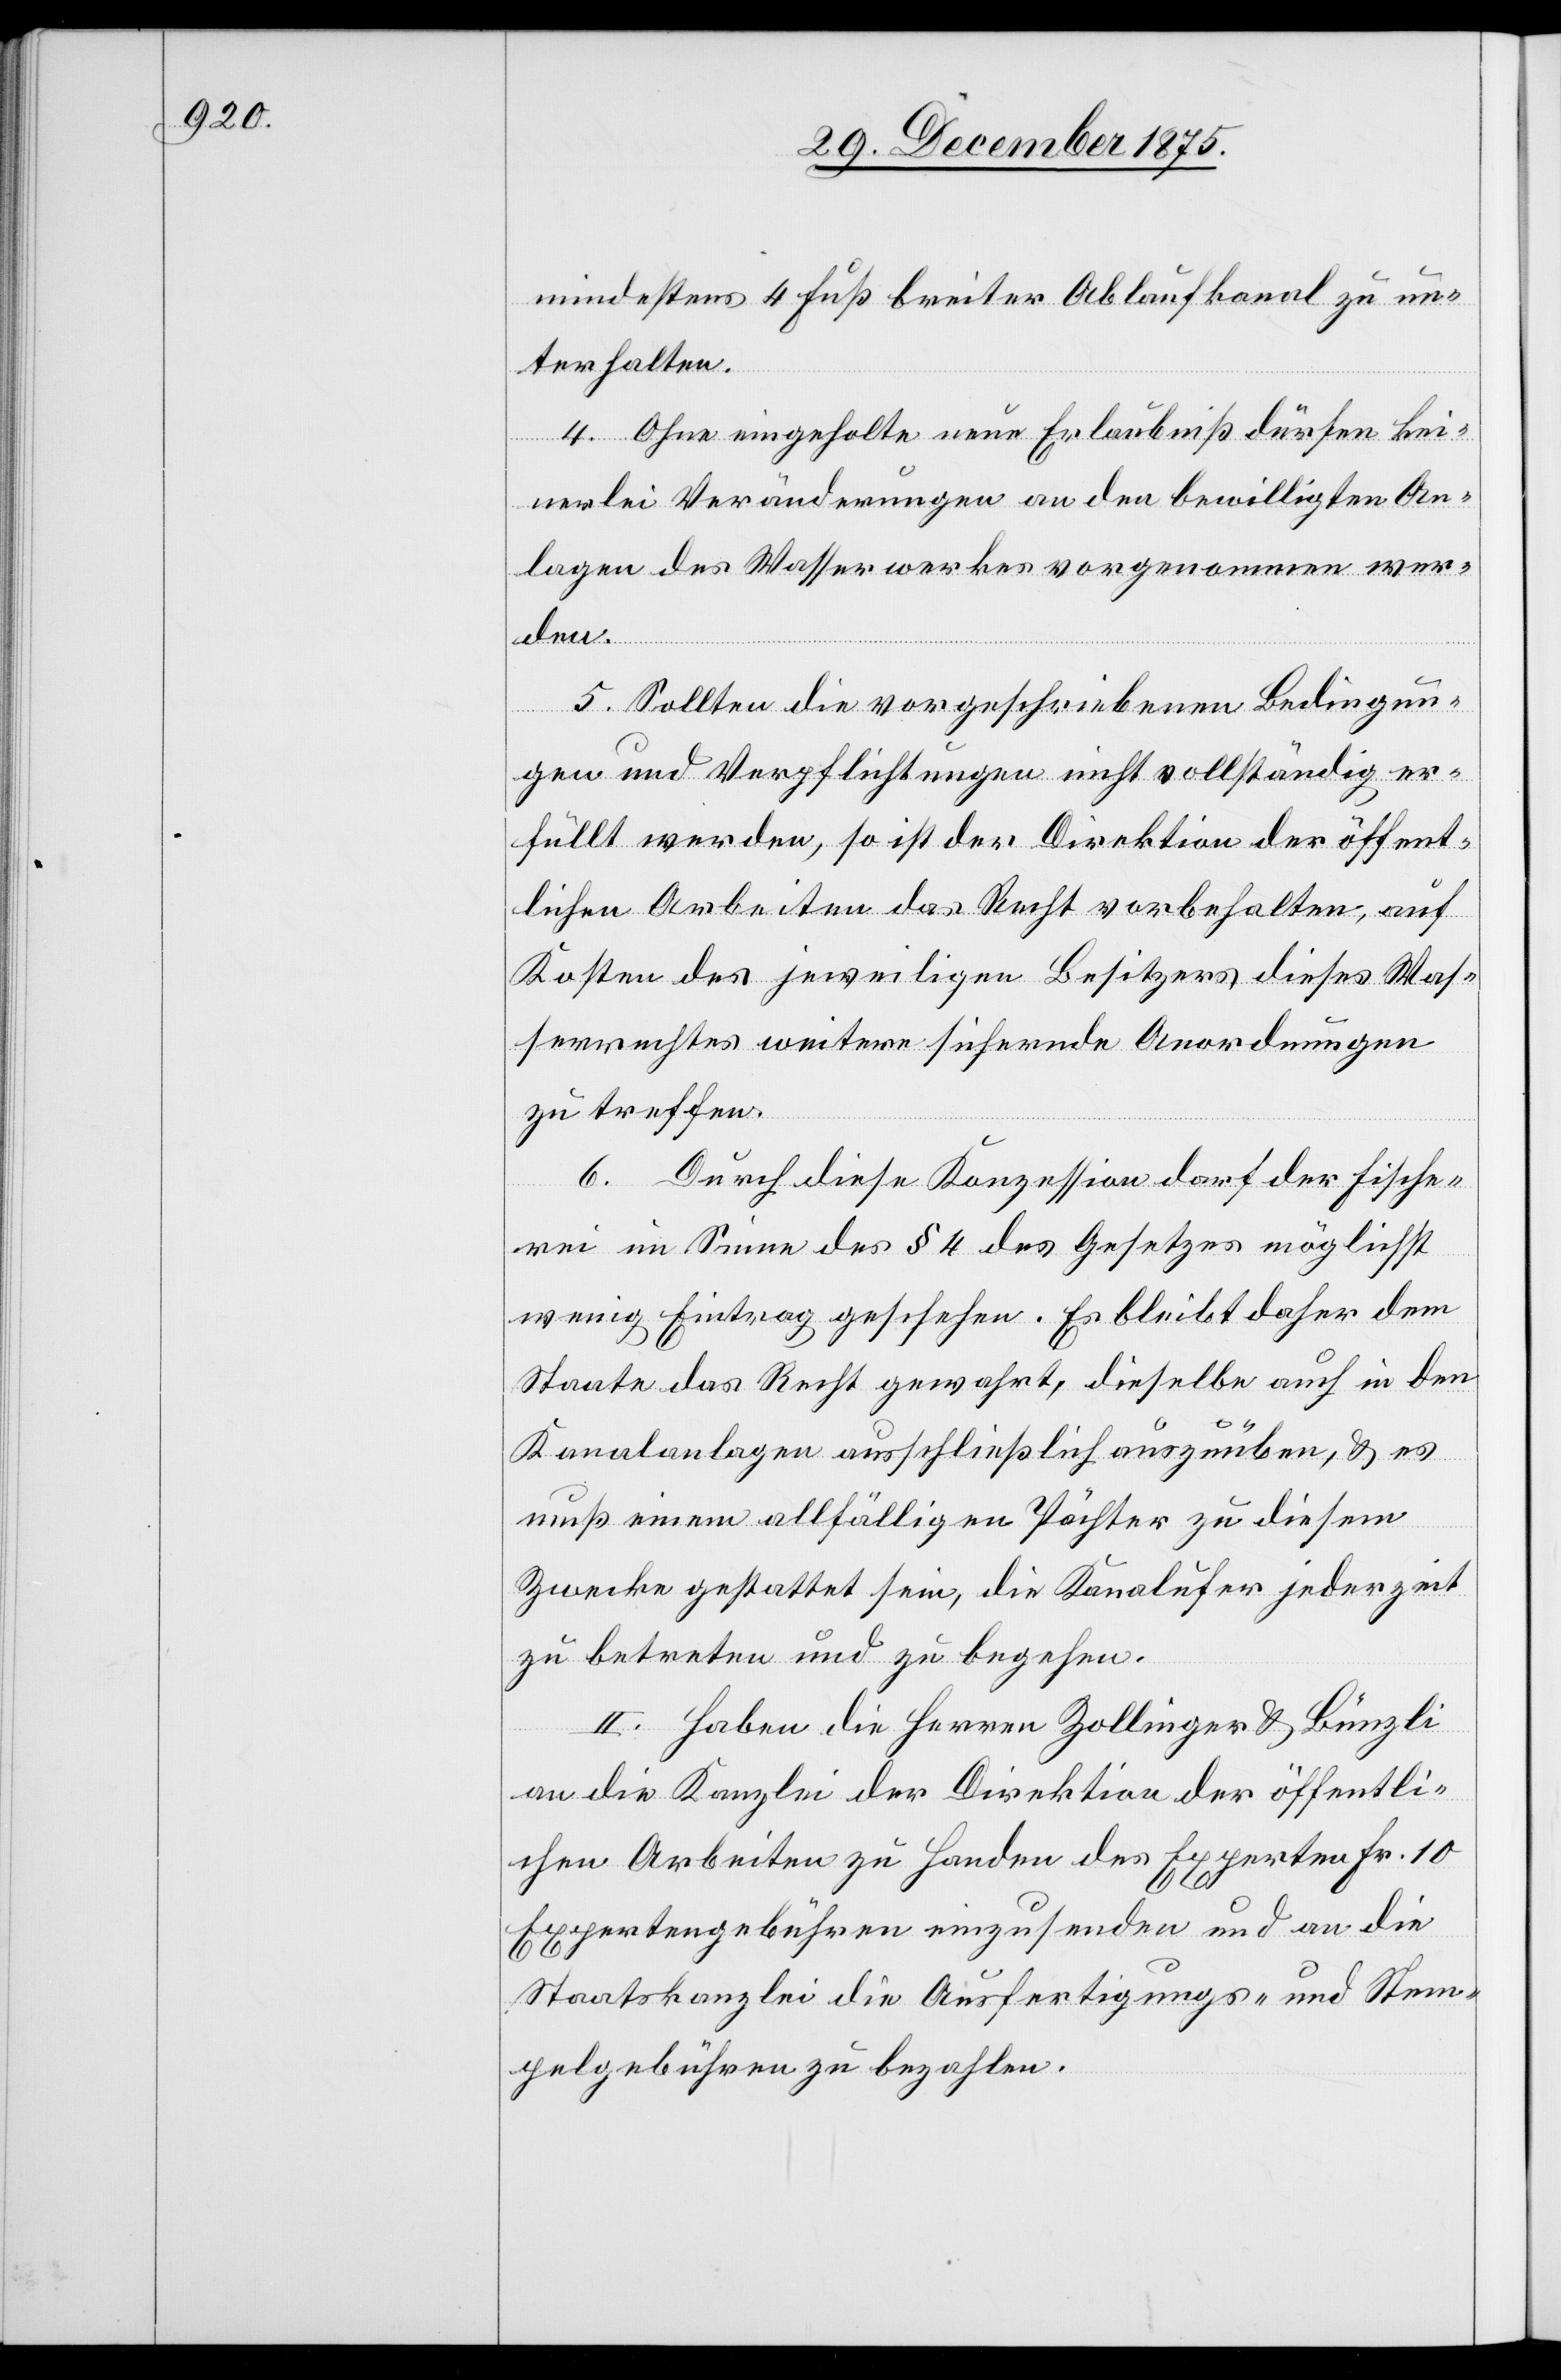
mindestens 4 Fuß breiter Ablaufkanal zu un¬
terhalten.
4. Ohne eingeholte neue Erlaubniß dürfen kei¬
nerlei Veränderungen an den bewilligten An¬
lagen des Wasserwerkes vorgenommen wer¬
den.
5. Sollten die vorgeschriebenen Bedingun¬
gen und Verpflichtungen nicht vollständig er¬
füllt werden, so ist der Direktion der öffent¬
lichen Arbeiten das Recht vorbehalten, auf
Kosten des jeweiligen Besitzers dieses Was¬
serrechtes weitere sichernde Anordnungen
zu treffen.
6. Durch diese Konzession darf der Fische¬
rei im Sinne des § 4 des Gesetzes möglichst
wenig Eintrag geschehen. Es bleibt daher dem
Staate das Recht gewahrt, dieselbe auch in den
Kanalanlagen ausschließlich auszuüben, & es
muß einem allfälligen Pächter zu diesem
Zwecke gestattet sein, die Kanalufer jederzeit
zu betreten und zu begehen.
II. Haben die Herren Zollinger & Bünzli
an die Kanzlei der Direktion der öffentli¬
chen Arbeiten zu Handen des Experten Fr. 10
Expertengebühren einzusenden und an die
Staatskanzlei die Ausfertigungs- und Stem¬
pelgebühren zu bezahlen.